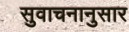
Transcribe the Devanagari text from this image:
सुवाचनानुसार